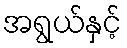
အရွယ်နှင့်